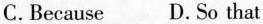
C. Because D. So that